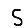
Digit: 5